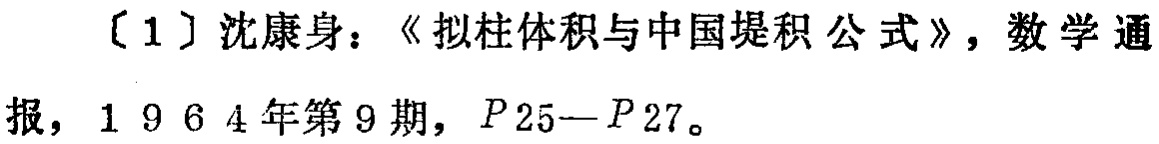
[1] 沈康身：《拟柱体积与中国堤积公式》，数学通报，1964 年第 9 期，$P25 - P27$。